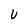
Character: U